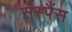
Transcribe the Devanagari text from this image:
सस्पैंस